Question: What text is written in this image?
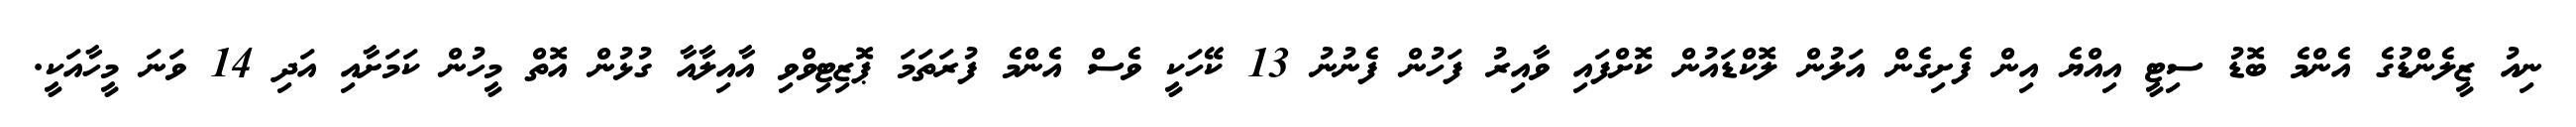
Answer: ނިއު ޒީލެންޑުގެ އެންމެ ބޮޑު ސިޓީ އިއްޔެ އިން ފެށިގެން އަލުން ލޮކްޑައުން ކޮށްފައި ވާއިރު ފަހުން ފެނުނު 13 ކޭހަކީ ވެސް އެންމެ ފުރަތަމަ ޕޮޒިޓިވްވި އާއިލާއާ ގުޅުން އޮތް މީހުން ކަމަށާއި އަދި 14 ވަނަ މީހާއަކީ.